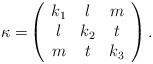
LaTeX: \begin{align*}\mathrm{\kappa =}\left(\begin{array}{ccc}k_{1} & l & m \\l & k_{2} & t \\m & t & k_{3}\end{array}\right) .\end{align*}